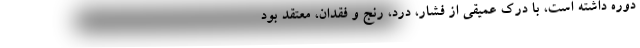
دوره داشته است، با درک عمیقی از فشار، درد، رنج و فقدان، معتقد بود